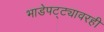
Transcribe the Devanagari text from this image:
भाडेपट्ट्यावरही